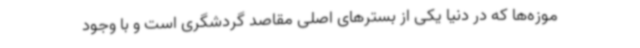
موزه‌ها که در دنیا یکی از بسترهای اصلی مقاصد گردشگری است و با وجود